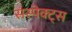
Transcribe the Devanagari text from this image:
सस्पेक्ट्स